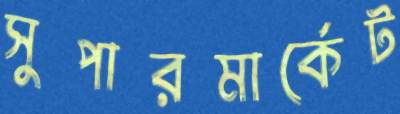
সুপারমার্কেট